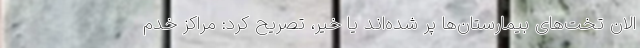
الان تخت‌های بیمارستان‌ها پر شده‌اند یا خیر، تصریح کرد: مراکز خدم